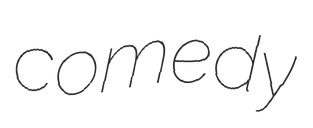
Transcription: comedy